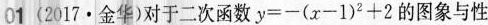
01 (2017·金华)对于二次函数$$y = - ( x - 1 ) ^ { 2 } + 2$$的图象与性